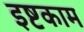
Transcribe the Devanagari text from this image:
इष्टकाम